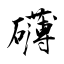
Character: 礴